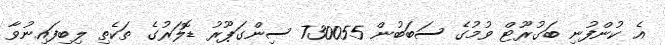
އެ ކުންފުނި ބަގުރޫޓް ވުމުގެ ސަބަބުން 730055 ސިންގަޕޫރު ޑޮލަރުގެ ތަކެތި ލިބިފައިނުވާ